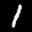
Label: 1